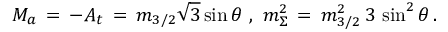
M _ { a } \, = \, - A _ { t } \, = \, m _ { 3 / 2 } \sqrt { 3 } \sin \theta \, \, , \, \, m _ { \Sigma } ^ { 2 } \, = \, m _ { 3 / 2 } ^ { 2 } \, 3 \, \sin ^ { 2 } \theta \, .